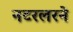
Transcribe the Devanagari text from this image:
नटरलरने